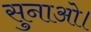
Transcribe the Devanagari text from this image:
सुनाओ।